Annual report of the Punjab Veterinary College and of the Civil Veterinary Department, Punjab - 1909-1919
Year: 1909
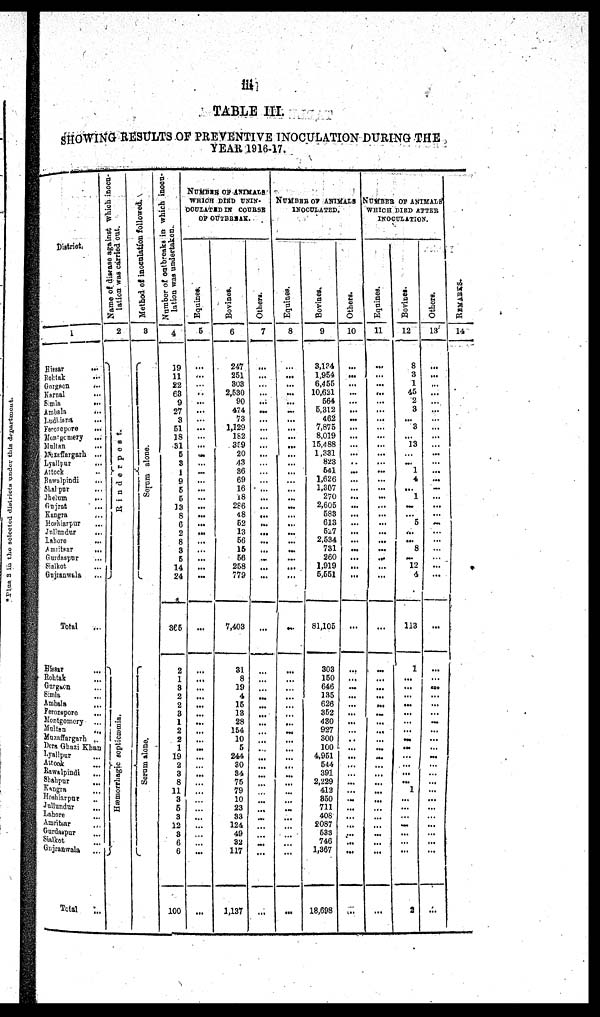
iii
TABLE III.
SHOWING RESULTS OF PREVENTIVE INOCULATION DURING THE
YEAR 1916-17.
Distrist.
1
Hissar
...
Rohtak ...
Gurgaon ...
karnal ...
Simla ...
Ambala ...
Ludhiana ...
Ferozepore ...
Montgomery ...
Multan ...
Muzaffargarh ....
Lyallpur ...
Attock ...
Rawalpindi ...
Shahpur...
Jherim...
Gujrat ...
Kangra...
Kolarpur ...
Jullundur ...
Lahore ...
Amritsar
...
Gurdaspur ...
Sinikot ...
Gujranwala...
Total ...
Hissar ...
Robtak ...
Gurgaon ...
Simla...
Ambala ...
Ferozepore ...
Mentgomery ...
Multan ...
Mazafforgarh ..
Dura Ghazi Khan
Lyallpur ...
Altock ...
Rawalpindi ...
Shahpur ...
Kangra ...
Heshiarpur ...
Jullundur ...
Lahore ...
Amritsar ...
Gurdaspur ...
Sinikot ...
Ghjranwala ...
Total ...
Name of disraso
againat
which inocu-
lation was carried out.
2
Ri nder pes t
.
Hæmor r
ha gic acpticæmia.
Method of inoculation followed.
8
Scrum al one.
Se r
um alone.
Number
of outbreaks in which inocn-
lation was undertaken.
4
19
11
22
63
9
27
8
51
18
81
5
8
1
9
6
6
13
8
6
2
8
3
6
14
24
365
2
1
3
2
2
3
1
2
2
1
19
2
3
8
11
3
6
3
12
3
6
6
100
NUMBER OF ANIMALS
WHICH DIRD UNIN-
OOULATSD IN COURSE
OP OUTBRSAK.
Equines.
6
...
...
...
...
...
...
...
...
...
...
...
...
...
... ...
...
...
...
...
....
...
...
...
...
...
...
...
...
... ...
... ...
...
...
...
...
...
...
...
...
...
...
...
...
...
...
...
...
...
Bovinos.
6
247
251
303
2,530
90
474
73
1,129
182
399
20
43
36
69
16
18
286
48
62
13
56
15
66
258
779
7,403
31
8
19
4
15
13
28
154
10
5
244
30
84
75
79
10
23
33
124
49
32
117
1,137
Others.
7
...
...
...
...
...
...
...
...
... ...
...
...
...
...
...
.....
...
...
...
...
...
...
...
...
...
...
...
...
...
...
...
...
... ...
...
...
...
...
...
...
...
...
...
...
...
...
...
...
...
...
NUMBERS OF ANIMALS INOCULATED.
Equines.
8
...
...
...
...
...
...
...
...
...
...
...
...
...
... ...
...
...
...
...
...
...
...
...
...
...
...
...
...
...
...
... ...
...
...
...
...
... ...
...
...
...
...
...
...
...
...
...
...
...
Bovines.
9
3,134
1,954
6,456
10,621
664
6,312
462
7,875
8,019
15,4 88
1,331
823
641
1,626
1,307
270
2,605
583
613
627
2,534
731
260
1,919
5,551
81,106
303
150
646
135
626
362
430
927
300
100
4,951
544
391
2,229
413
850
711
408
£087
633
746
1,367
18,698
Others.
10
...
...
...
...
...
...
...
...
...
...
...
...
...
...
...
...
...
...
...
...
...
...
...
...
...
...
...
...
...
...
...
...
... ...
...
...
...
... ...
...
...
...
... ...
...
...
...
...
NUMBER OF ANIMALS
WHICH DIED AFTER
INOCULATION..
Eqnines.
11
...
...
...
...
...
...
...
...
...
...
...
...
...
...
...
...
...
...
...
...
...
...
...
...
...
...
...
...
...
...
...
...
...
...
...
...
...
...
...
...
...
...
...
... ...
...
...
...
Bovines.
12
8
3
1
45
2
3
... 3
...
13
...
...
1
4
...
1
...
5
...
...
8
...
12
6
113
1
...
...
...
...
...
...
...
...
...
...
...
...
...
1
...
...
... ...
...
...
...
2
Others.
13
...
...
...
...
...
...
...
...
...
...
...
...
...
...
...
...
...
...
...
...
...
...
...
...
...
... ...
...
... ...
...
...
...
...
... ...
... ...
...
...
...
... ...
...
...
...
...
RE MARKS .
14